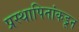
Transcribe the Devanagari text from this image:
प्रस्थापितांकडून